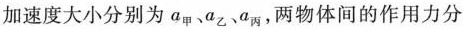
加速度大小分别为a_{甲}、a_{乙}、a_{丙}，两物体间的作用力分